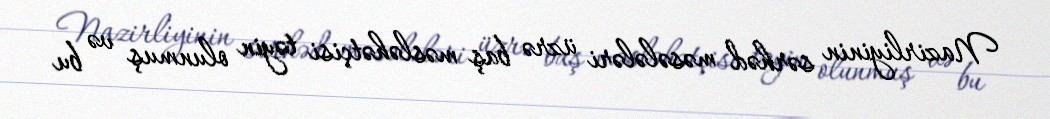
Nazirliyinin sərhəd məsələləri üzrə baş məsləhətçisi təyin olunmuş və bu